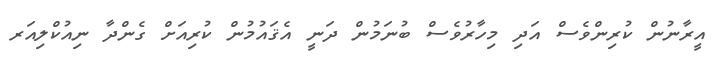
އީރާނުން ކުރިންވެސް އަދި މިހާރުވެސް ބުނަމުން ދަނީ އެޤައުމުން ކުރިއަށް ގެންދާ ނިއުކްލިއަރ